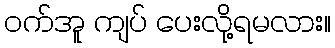
ဝက်အူ ကျပ် ပေးလို့ရမလား။